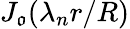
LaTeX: J_{\mathfrak{o}}(\lambda_{n}r/R)